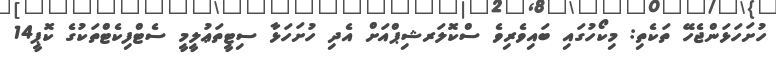
ހުށަހަޅަންޖެހޭ ތަކެތި: މިކޯހުގައި ބައިވެރިވެ ސްކޮލަރޝިޕްއަށް އެދި ހުށަހަޅާ ސިޓީތަޢުލީމީ ސެޓްފިކެޓްތަކުގެ ކޮޕީ14